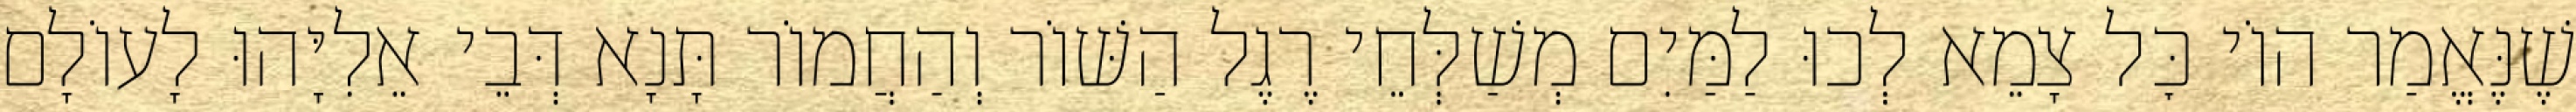
שֶׁנֶּאֱמַר הוֹי כׇּל צָמֵא לְכוּ לַמַּיִם מְשַׁלְּחֵי רֶגֶל הַשּׁוֹר וְהַחֲמוֹר תָּנָא דְּבֵי אֵלִיָּהוּ לָעוֹלָם